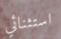
استثنائي